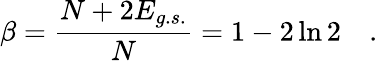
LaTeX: \beta=\frac{N+2E_{g.s.}}{N}=1-2\ln 2\quad.